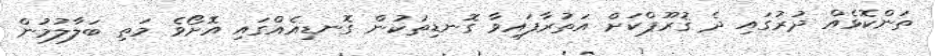
ތަންކޮޅެއް ދުރުގައި ދެ ޤުރޫޕްކަށް އަތުރާފައިވާ ގޮނޑިތަކުން ގޮނޑިއެއްގައި އޮށޯވެ މަތި ބަލާލުމުން